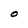
Character: O